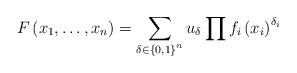
LaTeX: \begin{align*}F\left(x_{1},\dots,x_{n}\right)=\sum_{\delta\in\left\{ 0,1\right\} ^{n}}u_{\delta}\prod f_{i}\left(x_{i}\right)^{\delta_{i}}\end{align*}